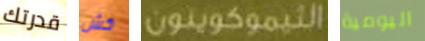
قدرتك كش الثيموكوينون اليومية